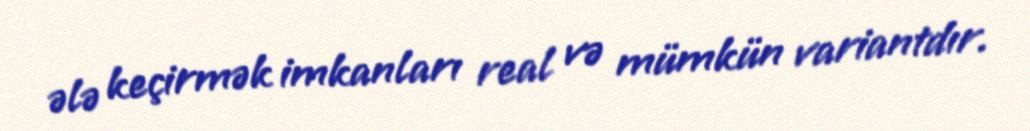
ələ keçirmək imkanları real və mümkün variantdır.